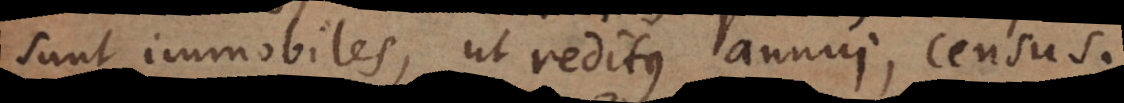
sunt immobiles, ut reditus annui, census.